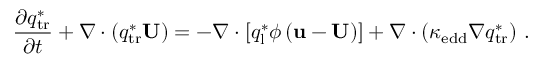
\frac { \partial q _ { \mathrm { t r } } ^ { * } } { \partial t } + \nabla \cdot \left( q _ { \mathrm { t r } } ^ { * } \mathbf { U } \right) = - \nabla \cdot \left[ q _ { \mathrm { l } } ^ { * } \phi \left( \mathbf { u } - \mathbf { U } \right) \right] + \nabla \cdot \left( \kappa _ { \mathrm { e d d } } \nabla q _ { \mathrm { t r } } ^ { * } \right) \, .